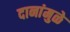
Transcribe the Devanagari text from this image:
दानांमुळे